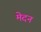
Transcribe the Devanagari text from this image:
मेदन